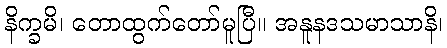
နိက္ခမိ၊ တောထွက်တော်မူပြီ။ အနူနဒသမာသာနိ၊